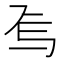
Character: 𬻆